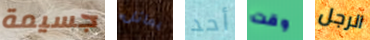
جسيمة يماثل أحد وقت الرجل